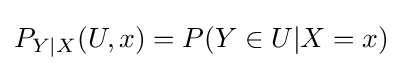
P_{Y|X}(U,x)=P(Y\in U|X=x)